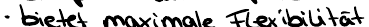
bietet maximale Flexibilität